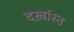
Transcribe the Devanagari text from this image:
दर्ख़ास्त